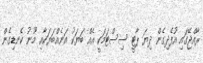
ރާއްޖޭގައި އުފެދިގެން ދިޔަ ޕާޓީ ސިސްޓަމަކީ އެއް ބަޔަކު އަނެއްބަޔަކާއި މޫނު ކެނޑިގެން